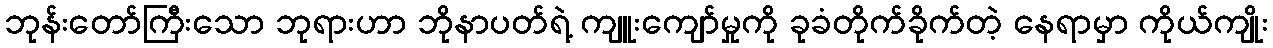
ဘုန်းတော်ကြီးသော ဘုရားဟာ ဘိုနာပတ်ရဲ့ ကျူးကျော်မှုကို ခုခံတိုက်ခိုက်တဲ့ နေရာမှာ ကိုယ်ကျိုး